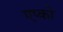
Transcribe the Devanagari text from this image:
एप्को